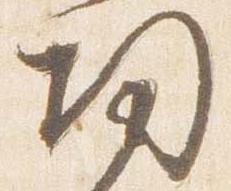
帰